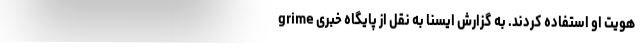
هویت او استفاده کردند. به گزارش ایسنا به نقل از پایگاه خبری grime